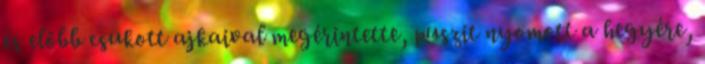
és előbb csukott ajkaival megérintette, puszit nyomott a hegyére,